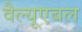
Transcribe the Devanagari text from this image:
वैल्यूएबल